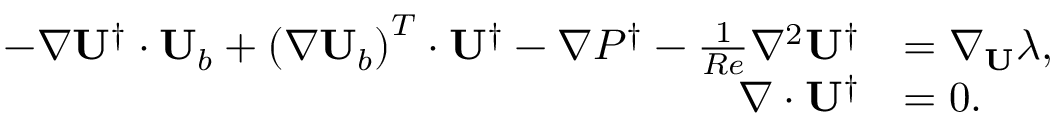
\begin{array} { r l } { - \nabla \mathbf { U } ^ { \dagger } \cdot \mathbf { U } _ { b } + \left( \nabla \mathbf { U } _ { b } \right) ^ { T } \cdot \mathbf { U } ^ { \dagger } - \nabla P ^ { \dagger } - \frac { 1 } { R e } \nabla ^ { 2 } \mathbf { U } ^ { \dagger } } & { = \nabla _ { \mathbf { U } } \lambda , } \\ { \nabla \cdot \mathbf { U } ^ { \dagger } } & { = 0 . } \end{array}